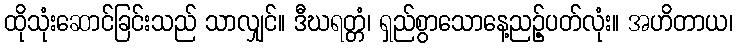
ထိုသုံးဆောင်ခြင်းသည် သာလျှင်။ ဒီဃရတ္တံ၊ ရှည်စွာသောနေ့ညဉ့်ပတ်လုံး။ အဟိတာယ၊